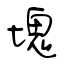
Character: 塊